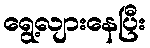
ရွေ့လျားနေပြီး